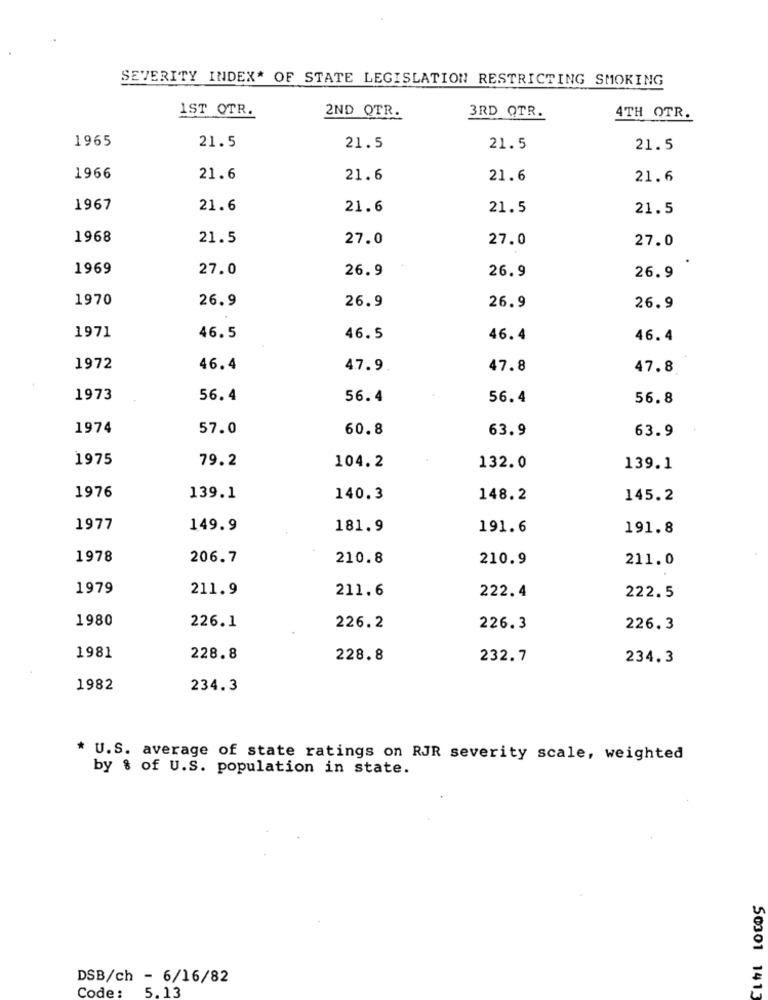
SEVERITY INDEX* OF STATE LEGISLATION RESTRICTING SMOKING
1ST OTR.
3RD QTR.
2ND QTR.
4TH QTR.
1965
21.5
21.5
21.5
21.5
1966
21.6
21.6
21.6
21.6
1967
21.6
21.6
21.5
21.5
1968
21.5
27.0
27.0
27.0
1969
27.0
26.9
26.9
26.9
1970
26.9
26.9
26.9
26.9
1971
46.5
46.5
46.4
46.4
1972
46.4
4.7.9
47.8
47.8.
1973
56.4
56.4
56.4
56.8
1974
57.0
60.8
63.9
63.9
1975
79.2
104.2
132.0
139.1
1976
139.1
140.3
148.2
145.2
1977
149.9
181.9
191.6
191.8
1978
206.7
210.8
210.9
211.0
1979
211.9
211.6
222.4
222.5
1980
226.1
226.2
226.3
226.3
1981
228.8
228.8
232.7
234.3
1982
234.3
* U.S. average of state ratings on RJR severity scale, weighted
by & of U.S. population in state.
DSB/ch - 6/16/82
Code:
50301 1413
5.13